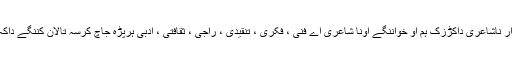
گرج داعمل نا ئے کہ نن کرارے اونا نوشت وفکر آن مخلوق نا مونا درشان کین و کرار ناشاعری داکڑزک ہم او خواننگے اونا شاعری اے فنی ، فکری ، تنقیدی ، راجی ، ثقافتی ، ادبی ہرپڑہ جاچ کرسہ تالان کننگے داکہ کرار تینا پدریچ خوانندہ کہ تینا نوشت و فکری وڑاٹ اسہ رابلد ا سینا کاریمے ایتے ۔